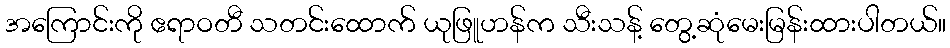
အကြောင်းကို ဧရာဝတီ သတင်းထောက် ယုဖြူဟန်က သီးသန့် တွေ့ဆုံမေးမြန်းထားပါတယ်။